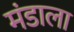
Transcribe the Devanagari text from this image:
मंडाला